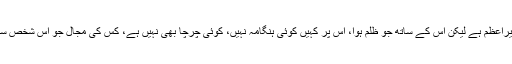
اب اس مظلوم عورت کا پتی پرمیشور ملک کا وزیراعظم ہے لیکن اس کے ساتھ جو ظلم ہوا، اس پر کہیں کوئی ہنگامہ نہیں، کوئی چرچا بھی نہیں ہے، کس کی مجال جو اس شخص سے پوچھے کہ اس عورت کو انصاف کون دے گا۔